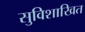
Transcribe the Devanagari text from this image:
सुविशाखित